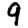
Digit: 9